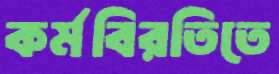
কর্মবিরতিতে